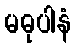
မဓုပါနံ